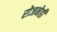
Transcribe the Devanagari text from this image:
रोजनेही